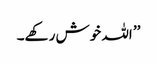
’’ اللہ خوش رکھے۔